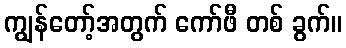
ကျွန်တော့်အတွက် ကော်ဖီ တစ် ခွက်။